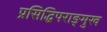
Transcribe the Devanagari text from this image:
प्रसिद्धिपराङ्मुख